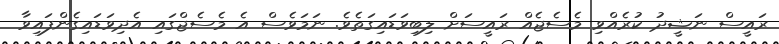
ރައީސް ނަޝީދު ކުރެއްވި މެސެޖެއް ރައީސަށް ލިބިވަޑައިގަތެވެ. ނަމަވެސް އެ މެސެޖްގައި އެދިވަޑައިގެންފައިވާ